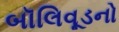
બૉલિવૂડનો